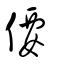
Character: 偠